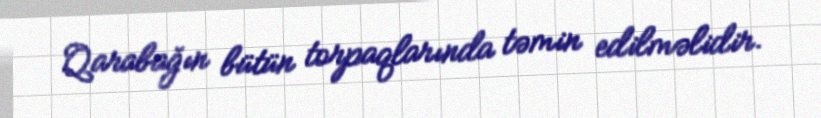
Qarabağın bütün torpaqlarında təmin edilməlidir.